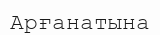
Арғанатына